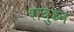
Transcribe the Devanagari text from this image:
शत्रुध्न